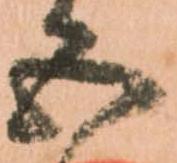
五